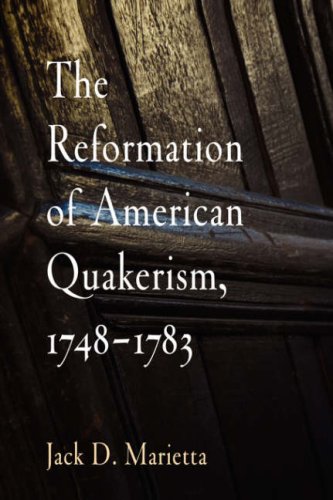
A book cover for The Reformation of American Quakerism, 1748-1783; Christian Books & Bibles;